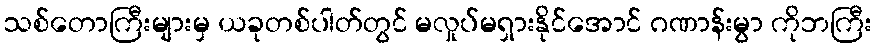
သစ်တောကြီးများမှ ယခုတစ်ပါတ်တွင် မလှုပ်မရှားနိုင်အောင် ဂဏာန်းမွာ ကိုဘကြီး